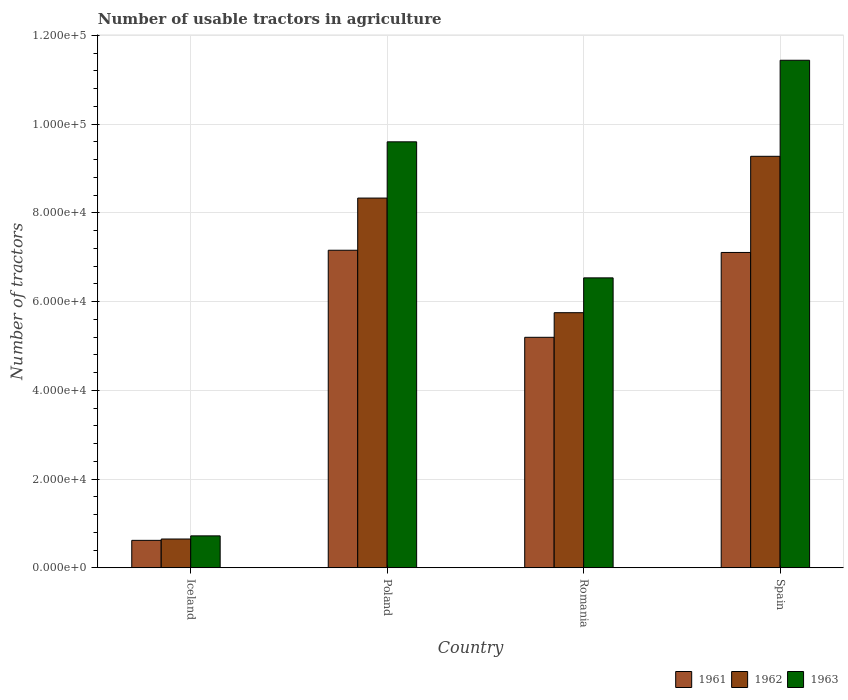
| Country | 1961 | 1962 | 1963 |
 | --- | --- | --- | --- |
 | Iceland | 6.18e+03 | 6.48e+03 | 7.19e+03 |
 | Poland | 7.16e+04 | 8.33e+04 | 9.6e+04 |
 | Romania | 5.2e+04 | 5.75e+04 | 6.54e+04 |
 | Spain | 7.11e+04 | 9.28e+04 | 1.14e+05 |